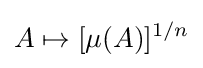
A\mapsto [\mu (A)]^{1/n}